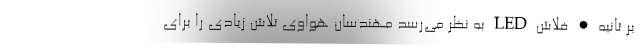
بر ثانیه • فلاش LED به نظر می‌رسد مهندسان هواوی تلاش زیادی را برای